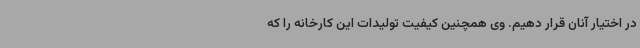
در اختیار آنان قرار دهیم. وی همچنین کیفیت تولیدات این کارخانه را که